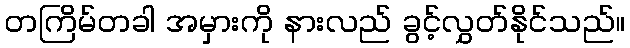
တကြိမ်တခါ အမှားကို နားလည် ခွင့်လွှတ်နိုင်သည်။